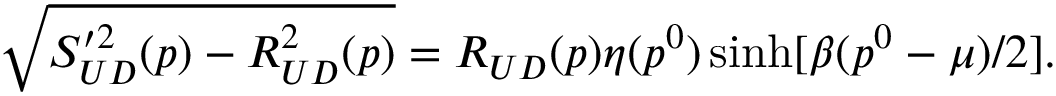
\sqrt { S _ { U D } ^ { \prime 2 } ( p ) - R _ { U D } ^ { 2 } ( p ) } = R _ { U D } ( p ) \eta ( p ^ { 0 } ) \sinh [ \beta ( p ^ { 0 } - \mu ) / 2 ] .